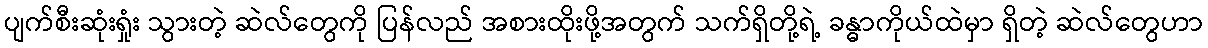
ပျက်စီးဆုံးရှုံး သွားတဲ့ ဆဲလ်တွေကို ပြန်လည် အစားထိုးဖို့အတွက် သက်ရှိတို့ရဲ့ ခန္ဓာကိုယ်ထဲမှာ ရှိတဲ့ ဆဲလ်တွေဟာ